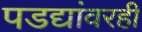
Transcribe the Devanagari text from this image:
पडद्यांवरही